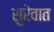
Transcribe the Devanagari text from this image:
सुरेवात